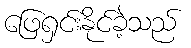
ဖြေရှင်းနိုင်ခဲ့သည်